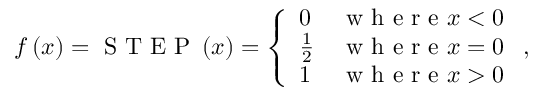
f \left( x \right) = \mathrm { ~ S ~ T ~ E ~ P ~ } \left( x \right) = \left\{ \begin{array} { l l } { 0 } & { \mathrm { ~ w ~ h ~ e ~ r ~ e ~ } x < 0 } \\ { \frac { 1 } { 2 } } & { \mathrm { ~ w ~ h ~ e ~ r ~ e ~ } x = 0 } \\ { 1 } & { \mathrm { ~ w ~ h ~ e ~ r ~ e ~ } x > 0 } \end{array} \right. ,